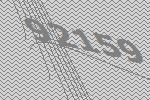
92159